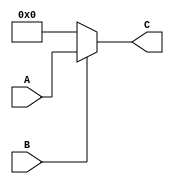
`timescale 1ns / 1ps
//////////////////////////////////////////////////////////////////////////////////
// Company: 
// Engineer: 
// 
// Design Name: 
// Module Name:    partialProduct 
// Project Name: 
// Target Devices: 
// Tool versions: 
// Description: 
//
// Dependencies: 
//
// Revision: 
// Revision 0.01 - File Created
// Additional Comments: 
//
//////////////////////////////////////////////////////////////////////////////////
module partialProduct(
    input [15:0] A,
    input B,
    output reg [15:0] C
);
	
	always@(A, B)
	begin
		if (B == 1'b0)
			C = {32{1'b0}};
		else
			C = A;
	end
	
endmodule